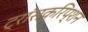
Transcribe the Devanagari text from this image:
ट्रांसक्रिप्‍शन